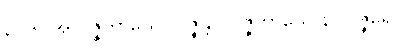
၃၁၆။ အလဇ္ဇိတာယေ လဇ္ဇန္တိ၊ လဇ္ဇိတာယေ န လဇ္ဇရေ။